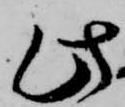
此